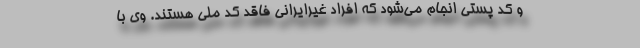
و کد پستی انجام می‌شود که افراد غیرایرانی فاقد کد ملی هستند. وی با